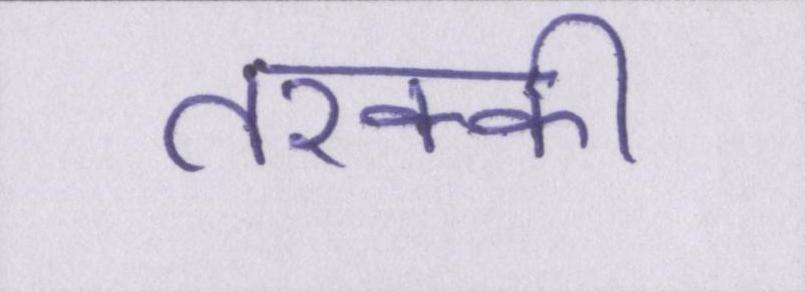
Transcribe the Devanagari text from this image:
तरक्की